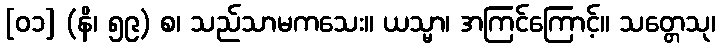
[၀၁] (နိ၊ ၅၉) စ၊ သည်သာမကသေး။ ယသ္မာ၊ အကြင်ကြောင့်။ သတ္တေသု၊